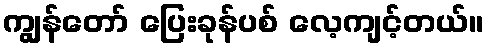
ကျွန်တော် ပြေးခုန်ပစ် လေ့ကျင့်တယ်။